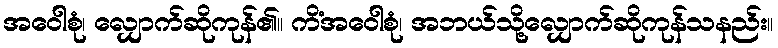
အဝေါစုံ၊ လျှောက်ဆိုကုန်၏။ ကိံအဝေါစုံ၊ အဘယ်သို့လျှောက်ဆိုကုန်သနည်း။